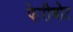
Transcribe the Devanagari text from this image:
फेरीबोट